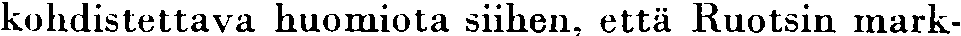
kohdistettava huomiota siihen, että Ruotsin mark-